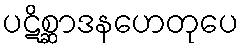
ပဋိစ္ဆာဒနဟေတုပေ